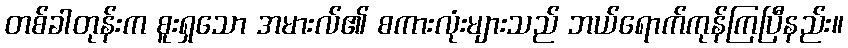
တစ်ခါတုန်းက စူးရှသော အမားလ်၏ စကားလုံးများသည် ဘယ်ရောက်ကုန်ကြပြီနည်း။